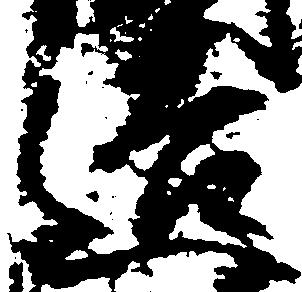
造